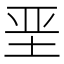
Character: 垩